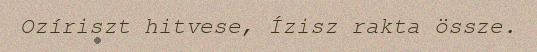
Ozíriszt hitvese, Ízisz rakta össze.